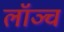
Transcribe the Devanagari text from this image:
लॉञ्च